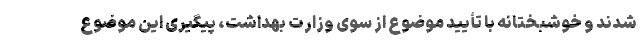
شدند و خوشبختانه با تأیید موضوع از سوی وزارت بهداشت، پیگیری این موضوع